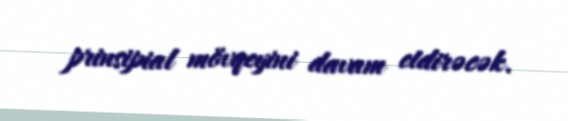
prinsipial mövqeyini davam etdirəcək.